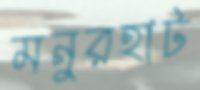
মনুরহাট